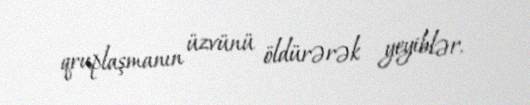
qruplaşmanın üzvünü öldürərək yeyiblər.